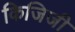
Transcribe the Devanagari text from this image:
किजिजी